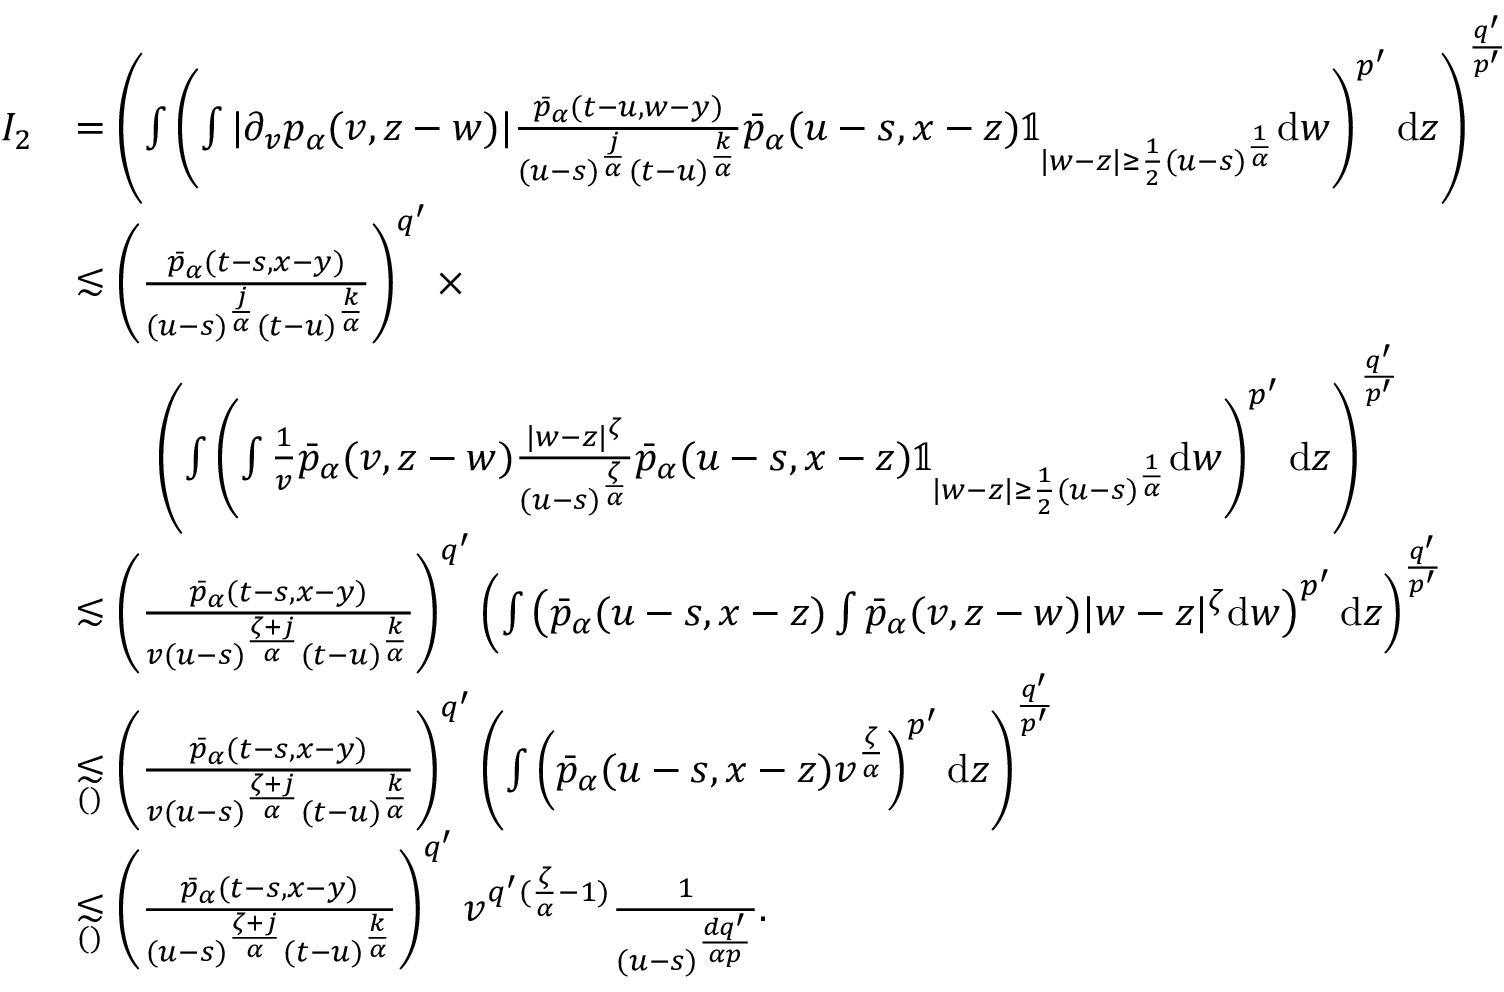
\begin{array} { r l } { I _ { 2 } } & { = \left( \int \left( \int | \partial _ { v } p _ { \alpha } ( v , z - w ) | \frac { \bar { p } _ { \alpha } ( t - u , w - y ) } { ( u - s ) ^ { \frac { j } { \alpha } } ( t - u ) ^ { \frac { k } { \alpha } } } \bar { p } _ { \alpha } ( u - s , x - z ) \mathbb { 1 } _ { | w - z | \geq \frac { 1 } { 2 } ( u - s ) ^ { \frac { 1 } { \alpha } } } \mathrm { d } w \right) ^ { p ^ { \prime } } \mathrm { d } z \right) ^ { \frac { q ^ { \prime } } { p ^ { \prime } } } } \\ & { \lesssim \left( \frac { \bar { p } _ { \alpha } ( t - s , x - y ) } { ( u - s ) ^ { \frac { j } { \alpha } } ( t - u ) ^ { \frac { k } { \alpha } } } \right) ^ { q ^ { \prime } } \times } \\ & { \qquad \left( \int \left( \int \frac { 1 } { v } \bar { p } _ { \alpha } ( v , z - w ) \frac { | w - z | ^ { \zeta } } { ( u - s ) ^ { \frac { \zeta } { \alpha } } } \bar { p } _ { \alpha } ( u - s , x - z ) \mathbb { 1 } _ { | w - z | \geq \frac { 1 } { 2 } ( u - s ) ^ { \frac { 1 } { \alpha } } } \mathrm { d } w \right) ^ { p ^ { \prime } } \mathrm { d } z \right) ^ { \frac { q ^ { \prime } } { p ^ { \prime } } } } \\ & { \lesssim \left( \frac { \bar { p } _ { \alpha } ( t - s , x - y ) } { v ( u - s ) ^ { \frac { \zeta + j } { \alpha } } ( t - u ) ^ { \frac { k } { \alpha } } } \right) ^ { q ^ { \prime } } \left( \int \left( \bar { p } _ { \alpha } ( u - s , x - z ) \int \bar { p } _ { \alpha } ( v , z - w ) | w - z | ^ { \zeta } \mathrm { d } w \right) ^ { p ^ { \prime } } \mathrm { d } z \right) ^ { \frac { q ^ { \prime } } { p ^ { \prime } } } } \\ & { \underset { ( ) } { \lesssim } \left( \frac { \bar { p } _ { \alpha } ( t - s , x - y ) } { v ( u - s ) ^ { \frac { \zeta + j } { \alpha } } ( t - u ) ^ { \frac { k } { \alpha } } } \right) ^ { q ^ { \prime } } \left( \int \left( \bar { p } _ { \alpha } ( u - s , x - z ) v ^ { \frac { \zeta } { \alpha } } \right) ^ { p ^ { \prime } } \mathrm { d } z \right) ^ { \frac { q ^ { \prime } } { p ^ { \prime } } } } \\ & { \underset { ( ) } { \lesssim } \left( \frac { \bar { p } _ { \alpha } ( t - s , x - y ) } { ( u - s ) ^ { \frac { \zeta + j } { \alpha } } ( t - u ) ^ { \frac { k } { \alpha } } } \right) ^ { q ^ { \prime } } v ^ { q ^ { \prime } ( \frac { \zeta } { \alpha } - 1 ) } \frac { 1 } { ( u - s ) ^ { \frac { d q ^ { \prime } } { \alpha p } } } . } \end{array}